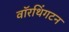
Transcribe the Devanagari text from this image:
वॉरथिंगटन